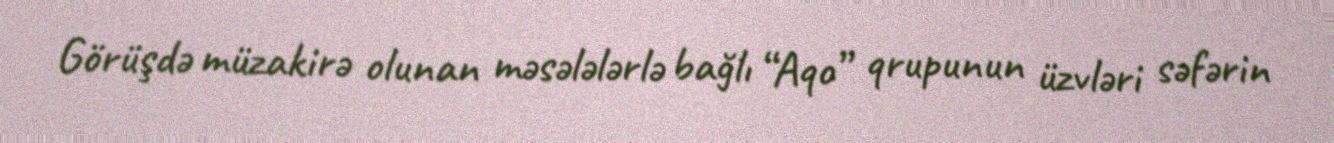
Görüşdə müzakirə olunan məsələlərlə bağlı “Aqo” qrupunun üzvləri səfərin